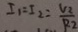
I _ { 1 } = I _ { 2 } = \frac { U _ { 2 } } { R _ { 2 } }